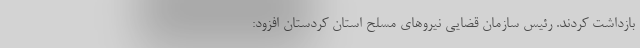
بازداشت کردند. رئیس سازمان قضایی نیرو‌های مسلح استان کردستان افزود: